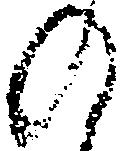
の